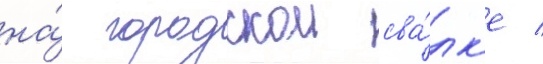
на́ городскои сва́лк'е /